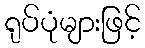
ရုပ်ပုံများဖြင့်